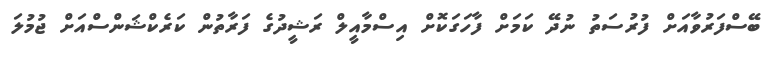
ބޭސްފަރުވާއަށް ފުރުސަތު ނުދޭ ކަމަށް ފާހަގަކޮށް އިސްމާއީލް ރަޝީދުގެ ފަރާތުން ކަރެކްޝަންސްއަށް ޖުމުލަ